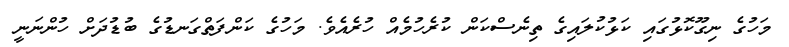
މަހުގެ ނިގޫކޮޅުގައި ކަޅުކުލައިގެ ތިނެސްކަން ކުރެހުމެއް ހުރެއެވެ. މަހުގެ ކަންފަތްގަނޑުގެ ބުޑުދަށް ހުންނަނީ